38_143685_box_Incident_Summaries_173-233
Agency: Department of War
Page 121
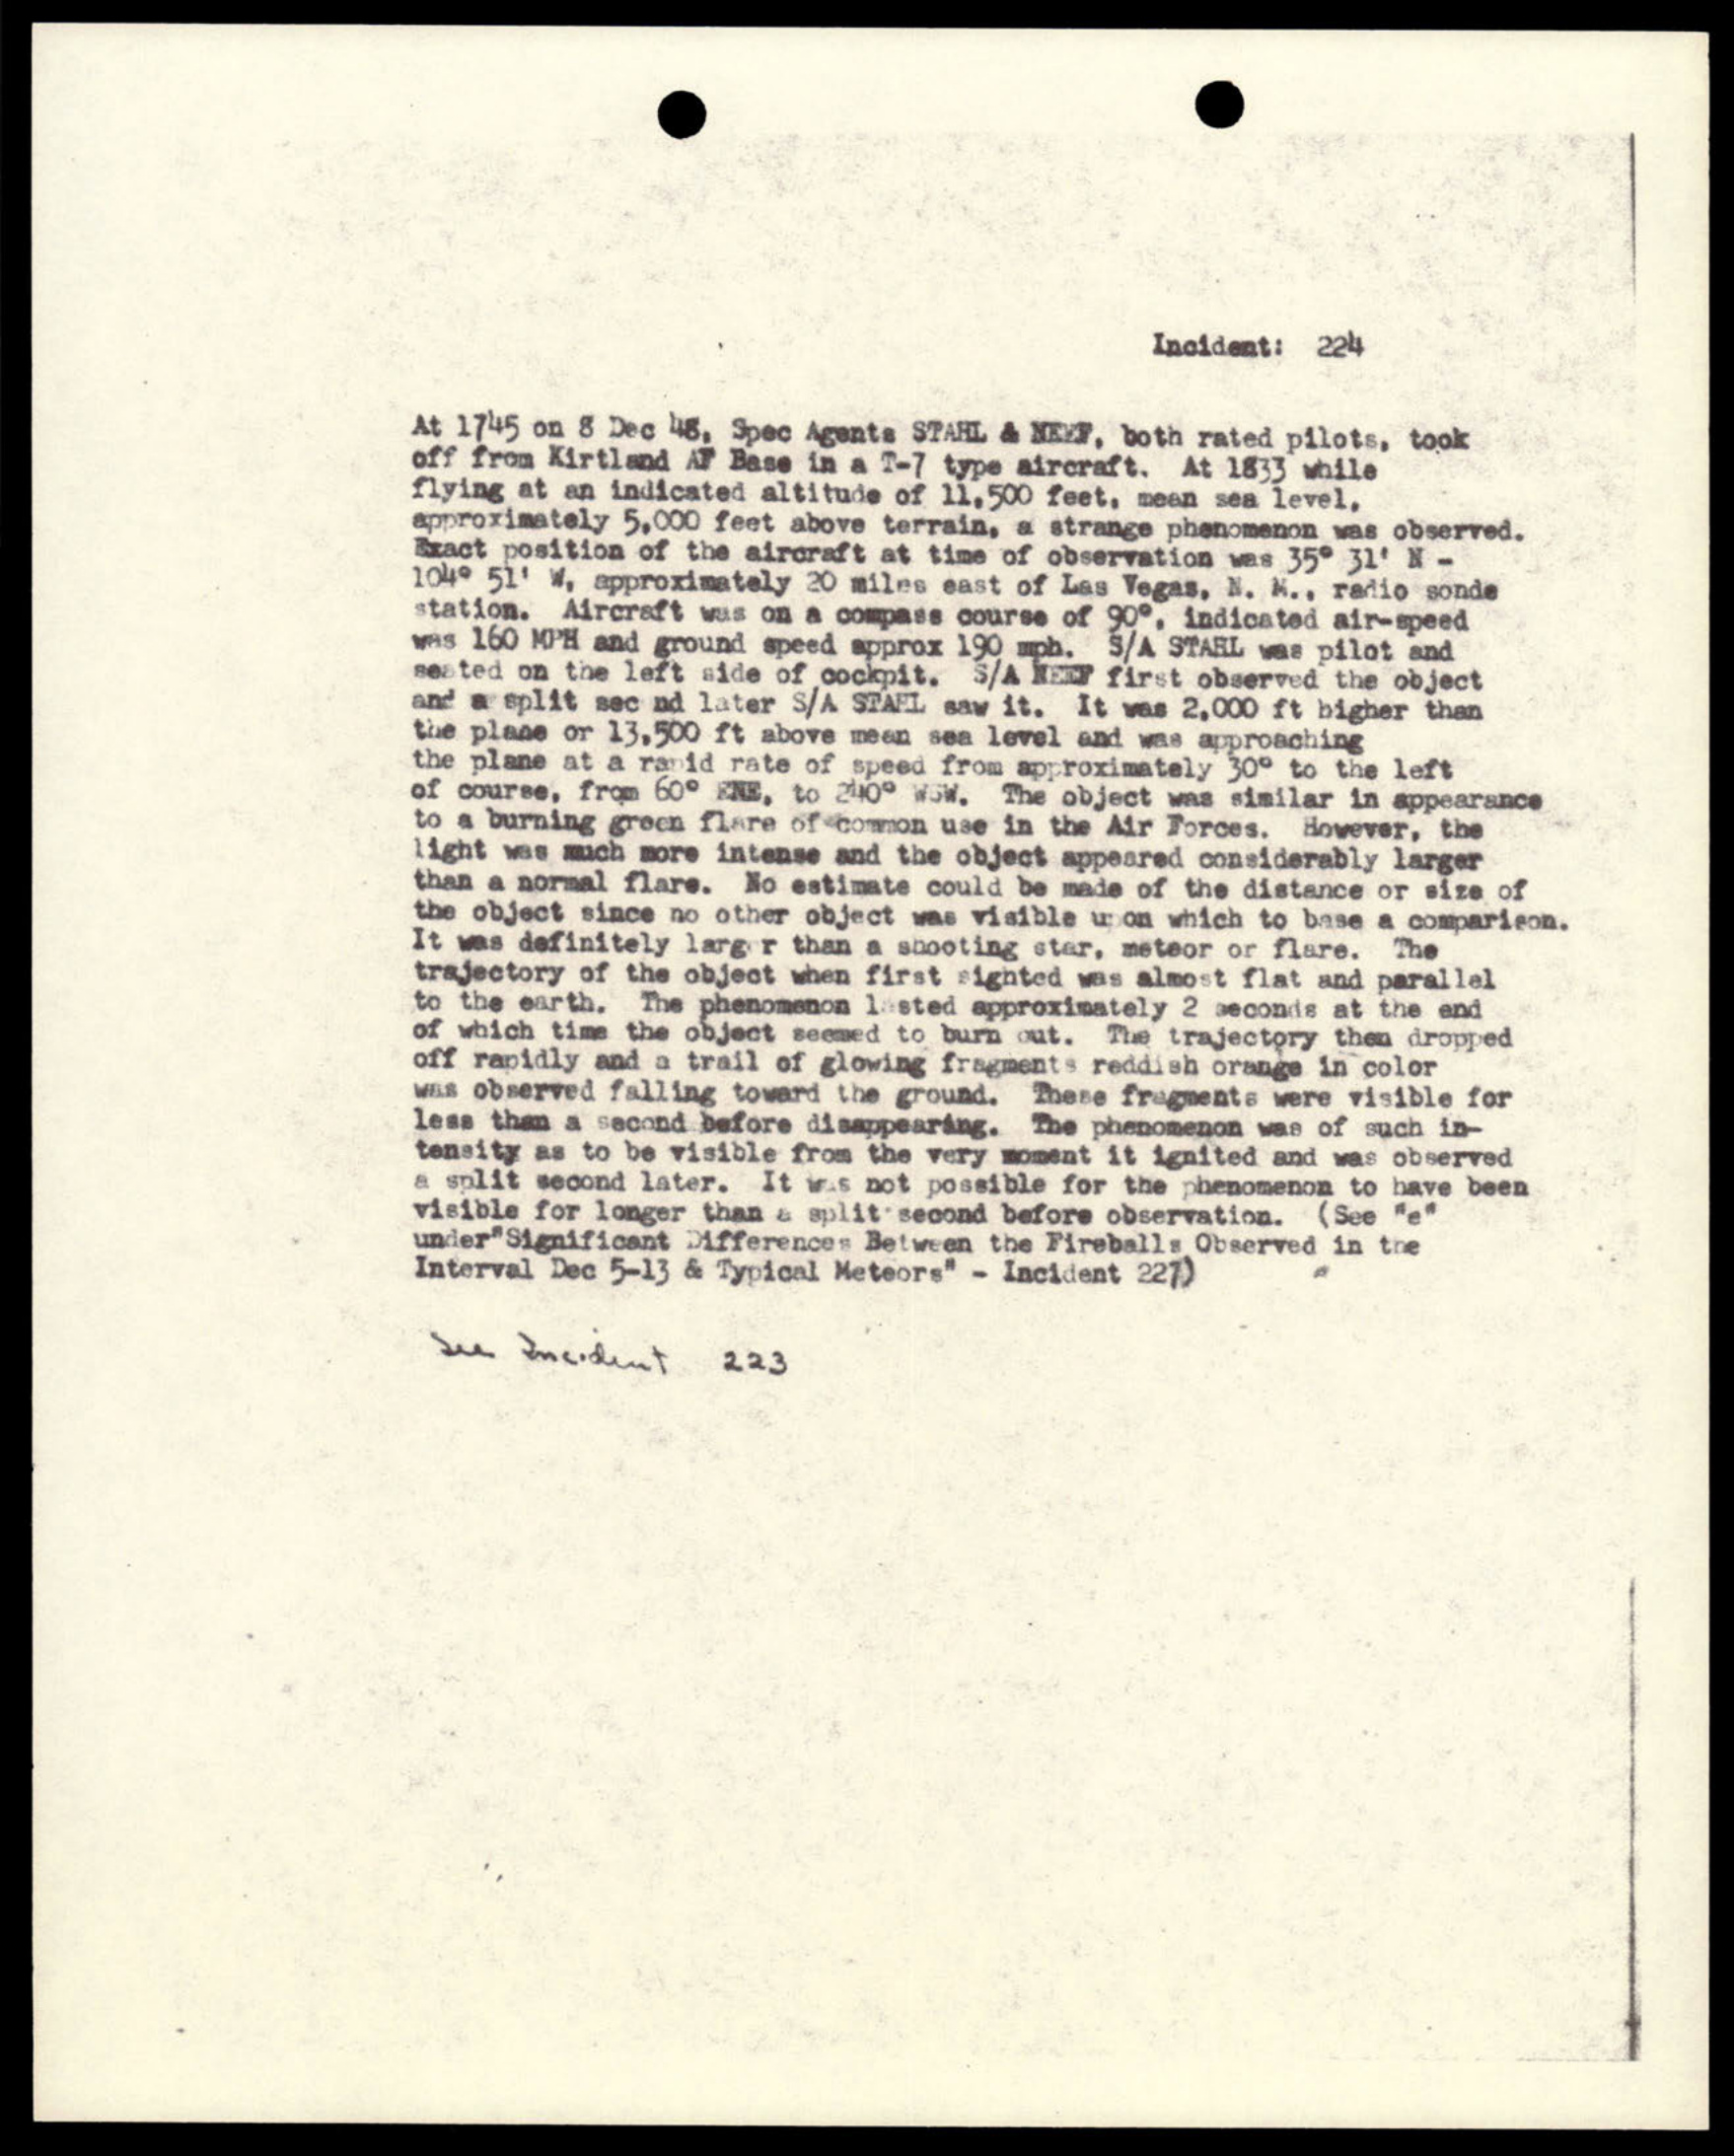